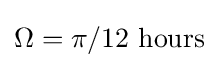
{\textstyle \Omega =\pi /12{\text{ hours}}}